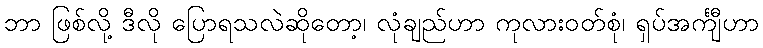
ဘာ ဖြစ်လို့ ဒီလို ပြောရသလဲဆိုတော့၊ လုံချည်ဟာ ကုလားဝတ်စုံ၊ ရှပ်အင်္ကျီဟာ